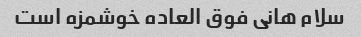
سلام هانی فوق العاده خوشمزه است